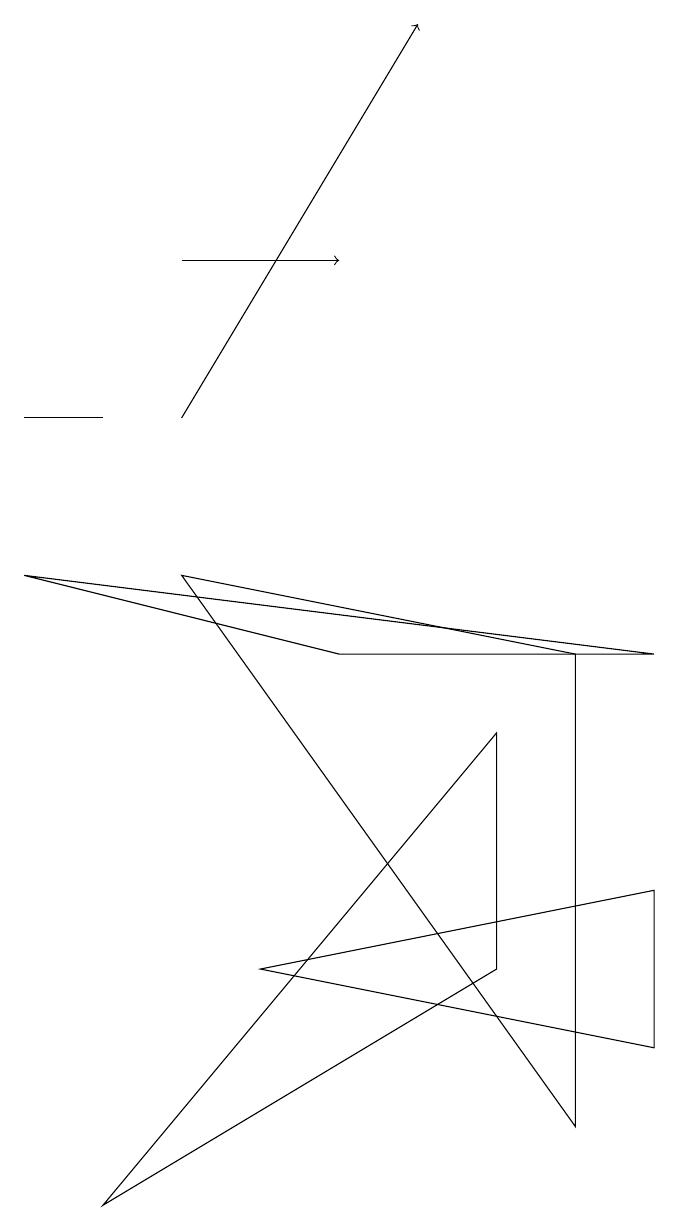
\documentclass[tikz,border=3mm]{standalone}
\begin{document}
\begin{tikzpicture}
\draw (3,3) -- (8,4) -- (8,2) -- cycle;
\draw (0,10) rectangle (1,10);
\draw (6,6) -- (1,0) -- (6,3) -- cycle;
\draw (7,1) -- (2,8) -- (7,7) -- cycle;
\draw[->] (2,12) -- (4,12);
\draw (4,7) -- (8,7) -- (0,8) -- cycle;
\draw[->] (2,10) -- (5,15);
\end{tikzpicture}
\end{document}